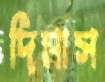
দিমাস